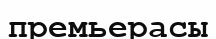
премьерасы